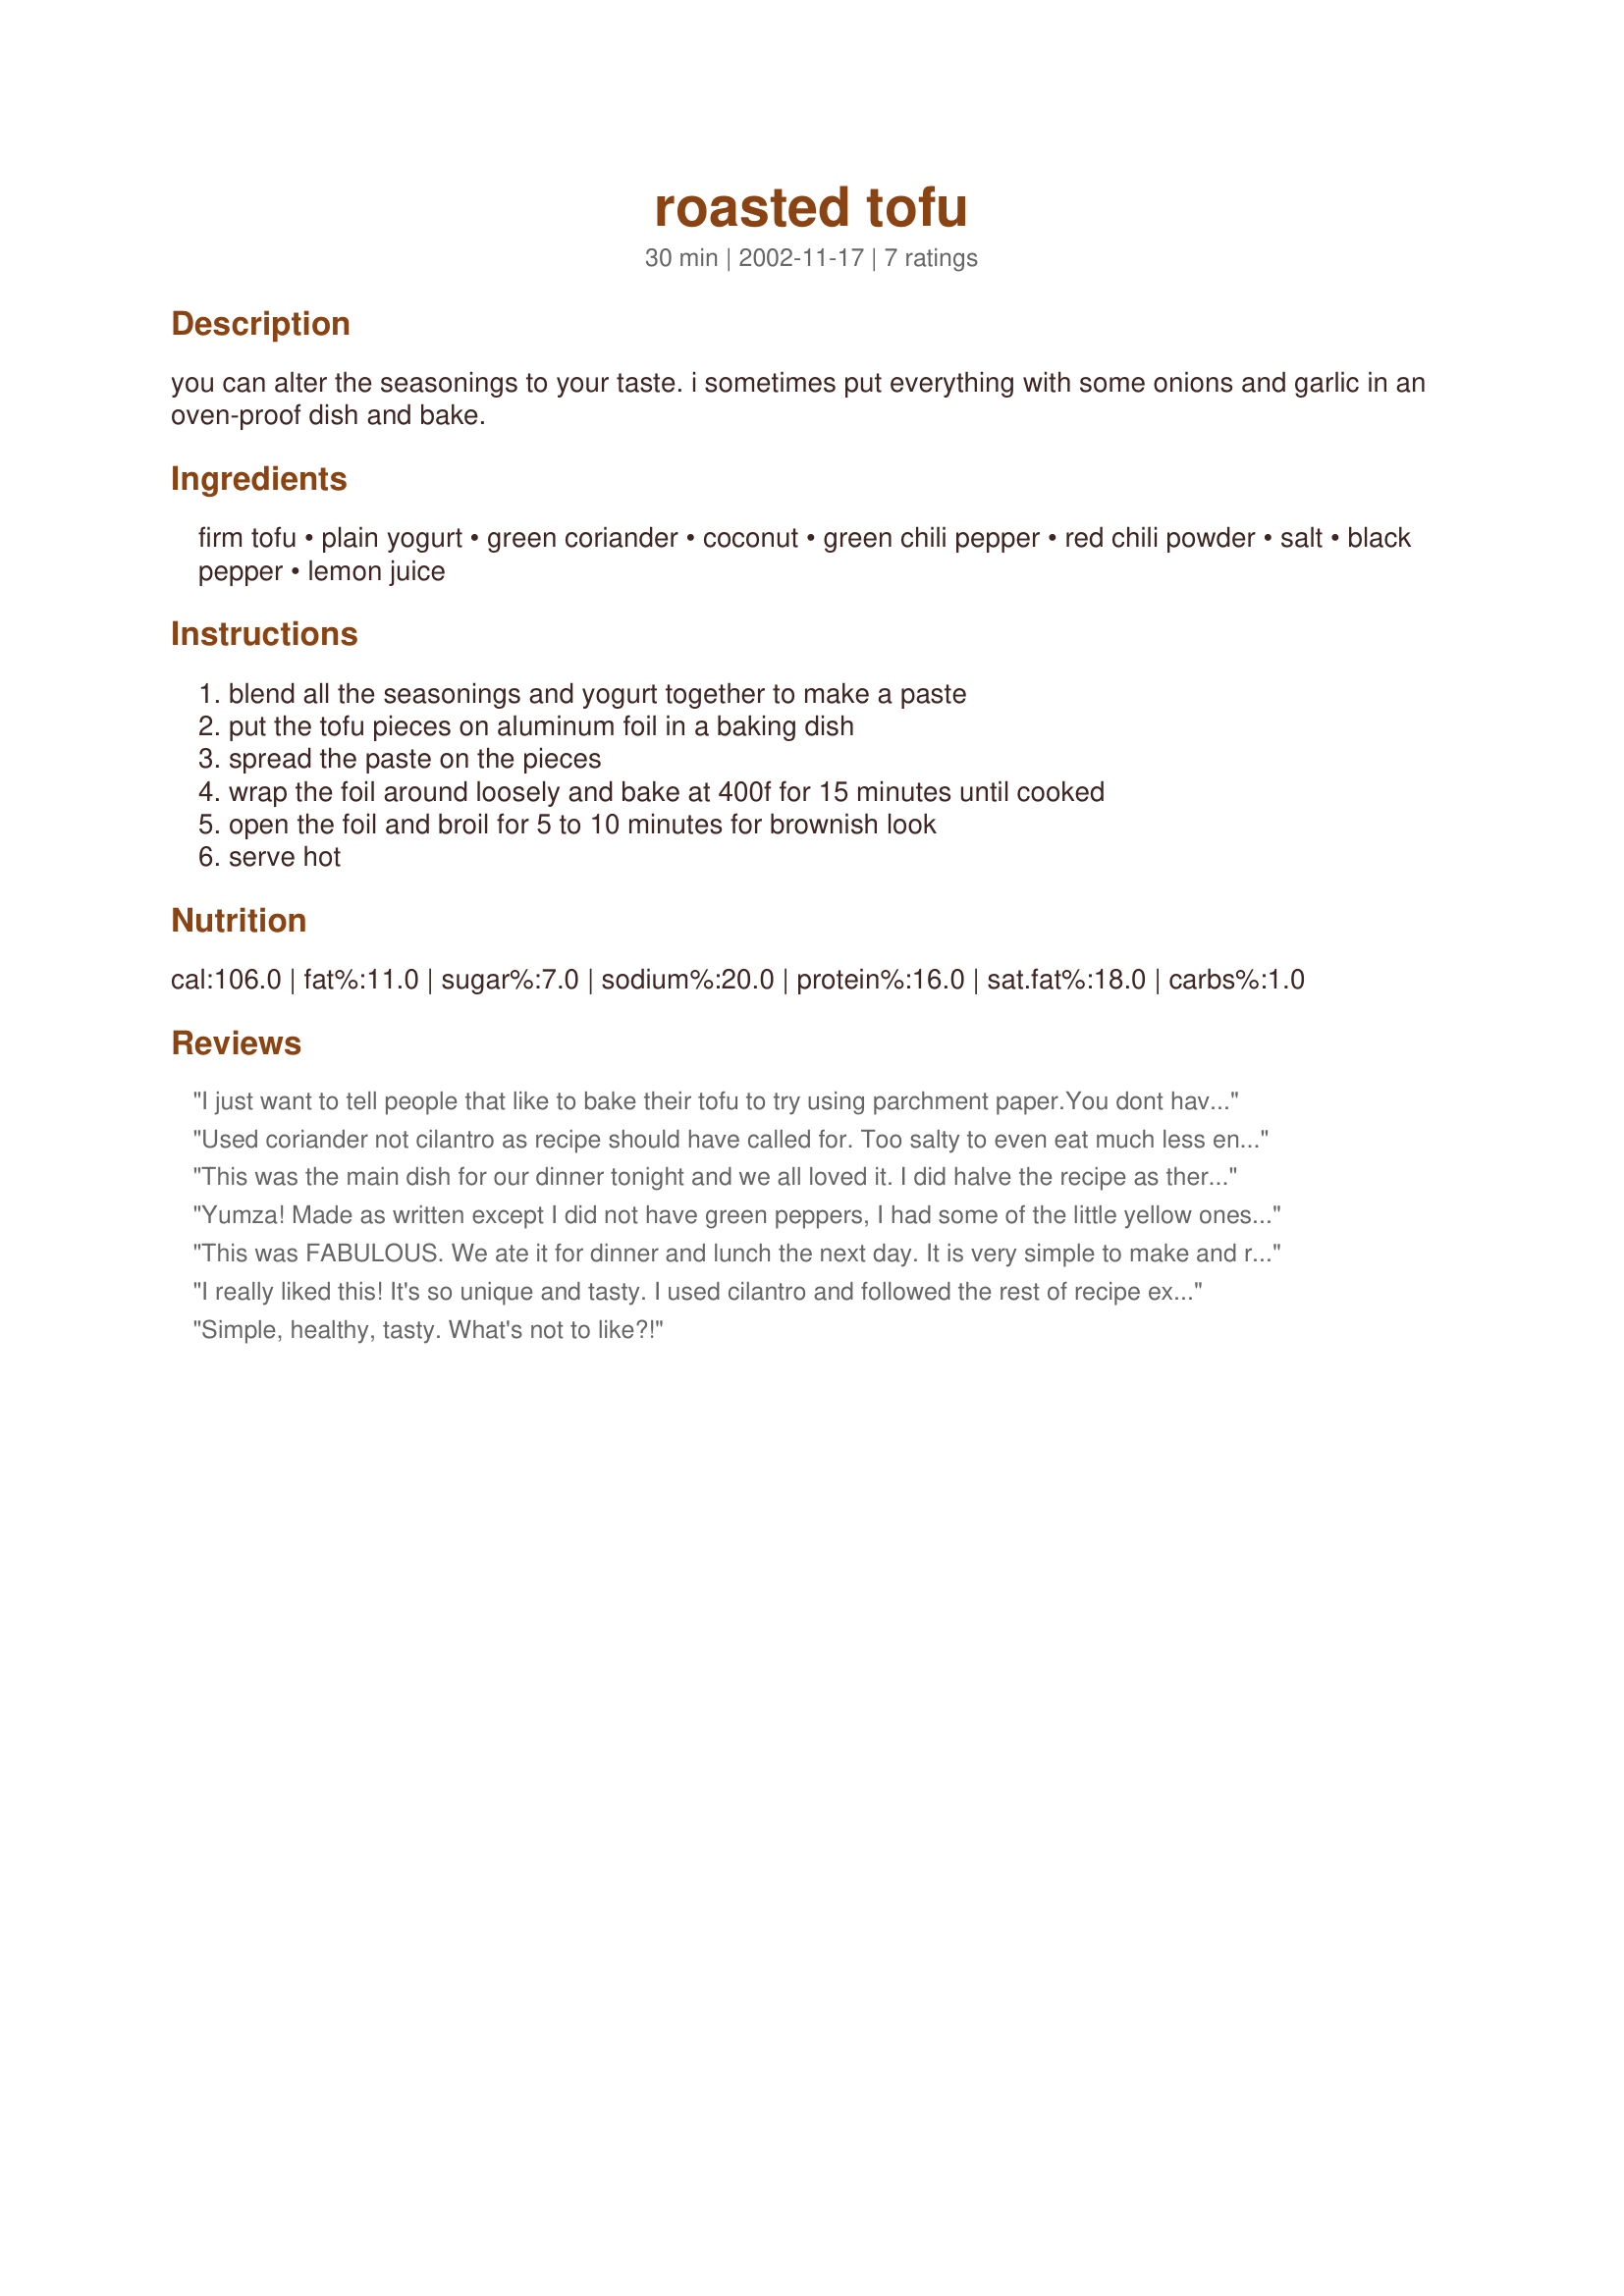
roasted tofu
Preparation time: 30 minutes

you can alter the seasonings to your taste. i sometimes put everything with some onions and garlic in an oven-proof dish and bake.

Ingredients:
firm tofu, plain yogurt, green coriander, coconut, green chili pepper, red chili powder, salt, black pepper, lemon juice

Steps:
blend all the seasonings and yogurt together to make a paste, put the tofu pieces on aluminum foil in a baking dish, spread the paste on the pieces, wrap the foil around loosely and bake at 400f for 15 minutes until cooked, open the foil and broil for 5 to 10 minutes for brownish look, serve hot

Reviews:
I just want to tell people that like to bake their tofu to try using parchment paper.You dont have to worry about greasing a pan or sticking & the tofu comes out very nicely browned.It really makes a difference!
Used coriander not cilantro as recipe should have called for. Too salty to even eat much less enjoy. Sorry-
This was the main dish for our dinner tonight and we all loved it. I did halve the recipe as there were only 3 of us eating. I made this as part of the Pick Your Chef(July 25-27)'2003 contest. It was great! Thank you for sharing!
Yumza! Made as written except I did not have green peppers, I had some of the little yellow ones so I used those. The only other thing that I altered was the cook time. After I baked it then broiled it for five minutes, I just turned off the oven and let it sit in there for another 20 minutes because I wanted to be sure that the peppers were cooked. This was really, really good. Ate half of it myself! I also like the ideas at the intro with the garlic and onions - will try that next time. Thanks for posting, kusum gupta, I like your recipe!
This was FABULOUS. We ate it for dinner and lunch the next day. It is very simple to make and really, really tasty!
I really liked this! It's so unique and tasty. I used cilantro and followed the rest of recipe exactly. I would use less salt next time. I'm looking forward to the leftovers. Thanks for sharing the recipe.
Simple, healthy, tasty. What's not to like?!
